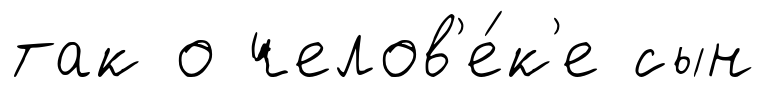
так о челов'е́к'е сын